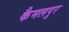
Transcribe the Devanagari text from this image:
कैमलपुर